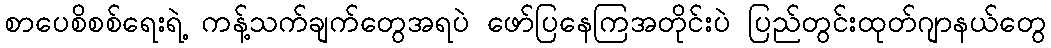
စာပေစိစစ်ရေးရဲ့ ကန့်သက်ချက်တွေအရပဲ ဖော်ပြနေကြအတိုင်းပဲ ပြည်တွင်းထုတ်ဂျာနယ်တွေ